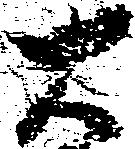
右